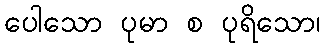
ပေါသော ပုမာ စ ပုရိသော၊